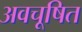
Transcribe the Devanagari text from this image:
अवचूषित